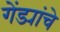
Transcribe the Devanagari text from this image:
गेंड्यांचे